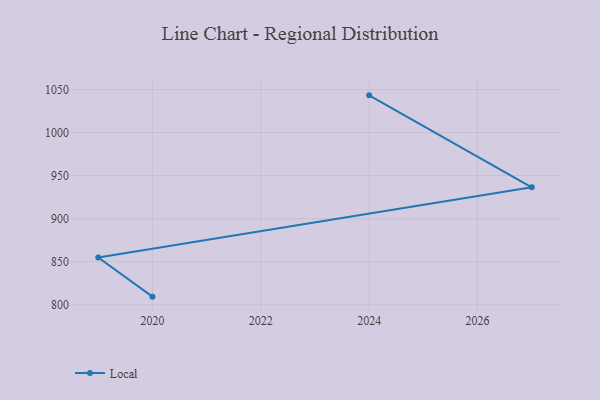
{"axis": {"x": "Year", "y": "Inventory Turnover"}, "legend": ["Local"], "data": [{"x": "2024", "y": 1043.2, "type": "Local"}, {"x": "2027", "y": 936.4, "type": "Local"}, {"x": "2019", "y": 854.8, "type": "Local"}, {"x": "2020", "y": 809.4, "type": "Local"}]}